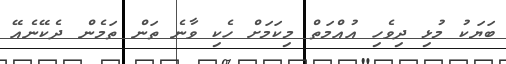
ބަޔަކު މުޅި ދިވެހި އުއްމަތް މިކަމަށް ހެކި ވާނެ ތަން ތަމެން ދެކޭނެއޭ